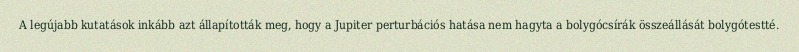
A legújabb kutatások inkább azt állapították meg, hogy a Jupiter perturbációs hatása nem hagyta a bolygócsírák összeállását bolygótestté.